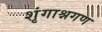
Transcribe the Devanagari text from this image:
शृंगाश्नगण